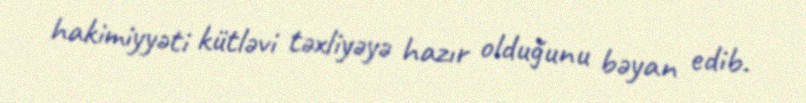
hakimiyyəti kütləvi təxliyəyə hazır olduğunu bəyan edib.